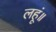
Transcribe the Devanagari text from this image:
लहूं॥